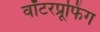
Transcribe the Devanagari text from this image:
वॉटरप्रूफिंग